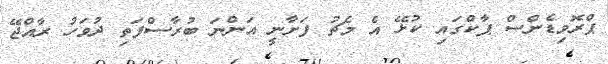
ޕްރޮވިޑެންސް ޕާކްގައި ކުޅޭ އެ މެޗު ފަށާނީ އަންނަ ބުރާސްފަތި ދުވަހު ރާއްޖޭ